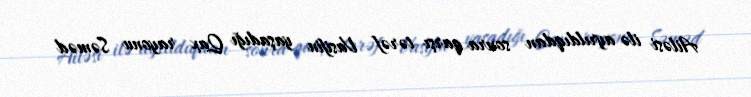
Ailəsi ilə ayrıldıqdan sonra qarşı tərəf Vasifin yaşadığı Qax rayonu Səməd